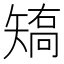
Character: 𰦝